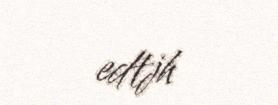
edtjh